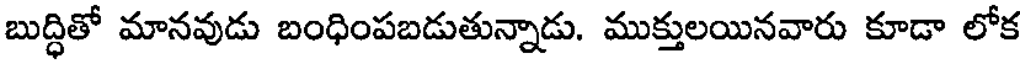
బుద్ధితో మానవుడు బంధింపబడుతున్నాడు. ముక్తులయినవారు కూడా లోక